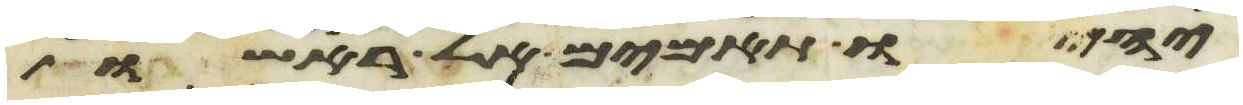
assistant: יהיו תאמים אל ראשו